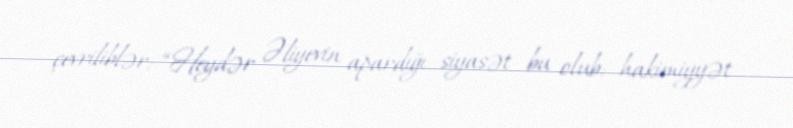
çevriliblər: “Heydər Əliyevin apardığı siyasət bu olub: hakimiyyət